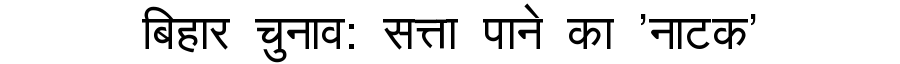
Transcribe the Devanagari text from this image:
बिहार चुनाव: सत्ता पाने का 'नाटक'